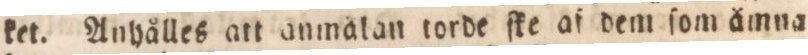
ket. Anhålles att anmålan torde ſke af dem ſom ämna